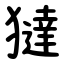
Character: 㺚